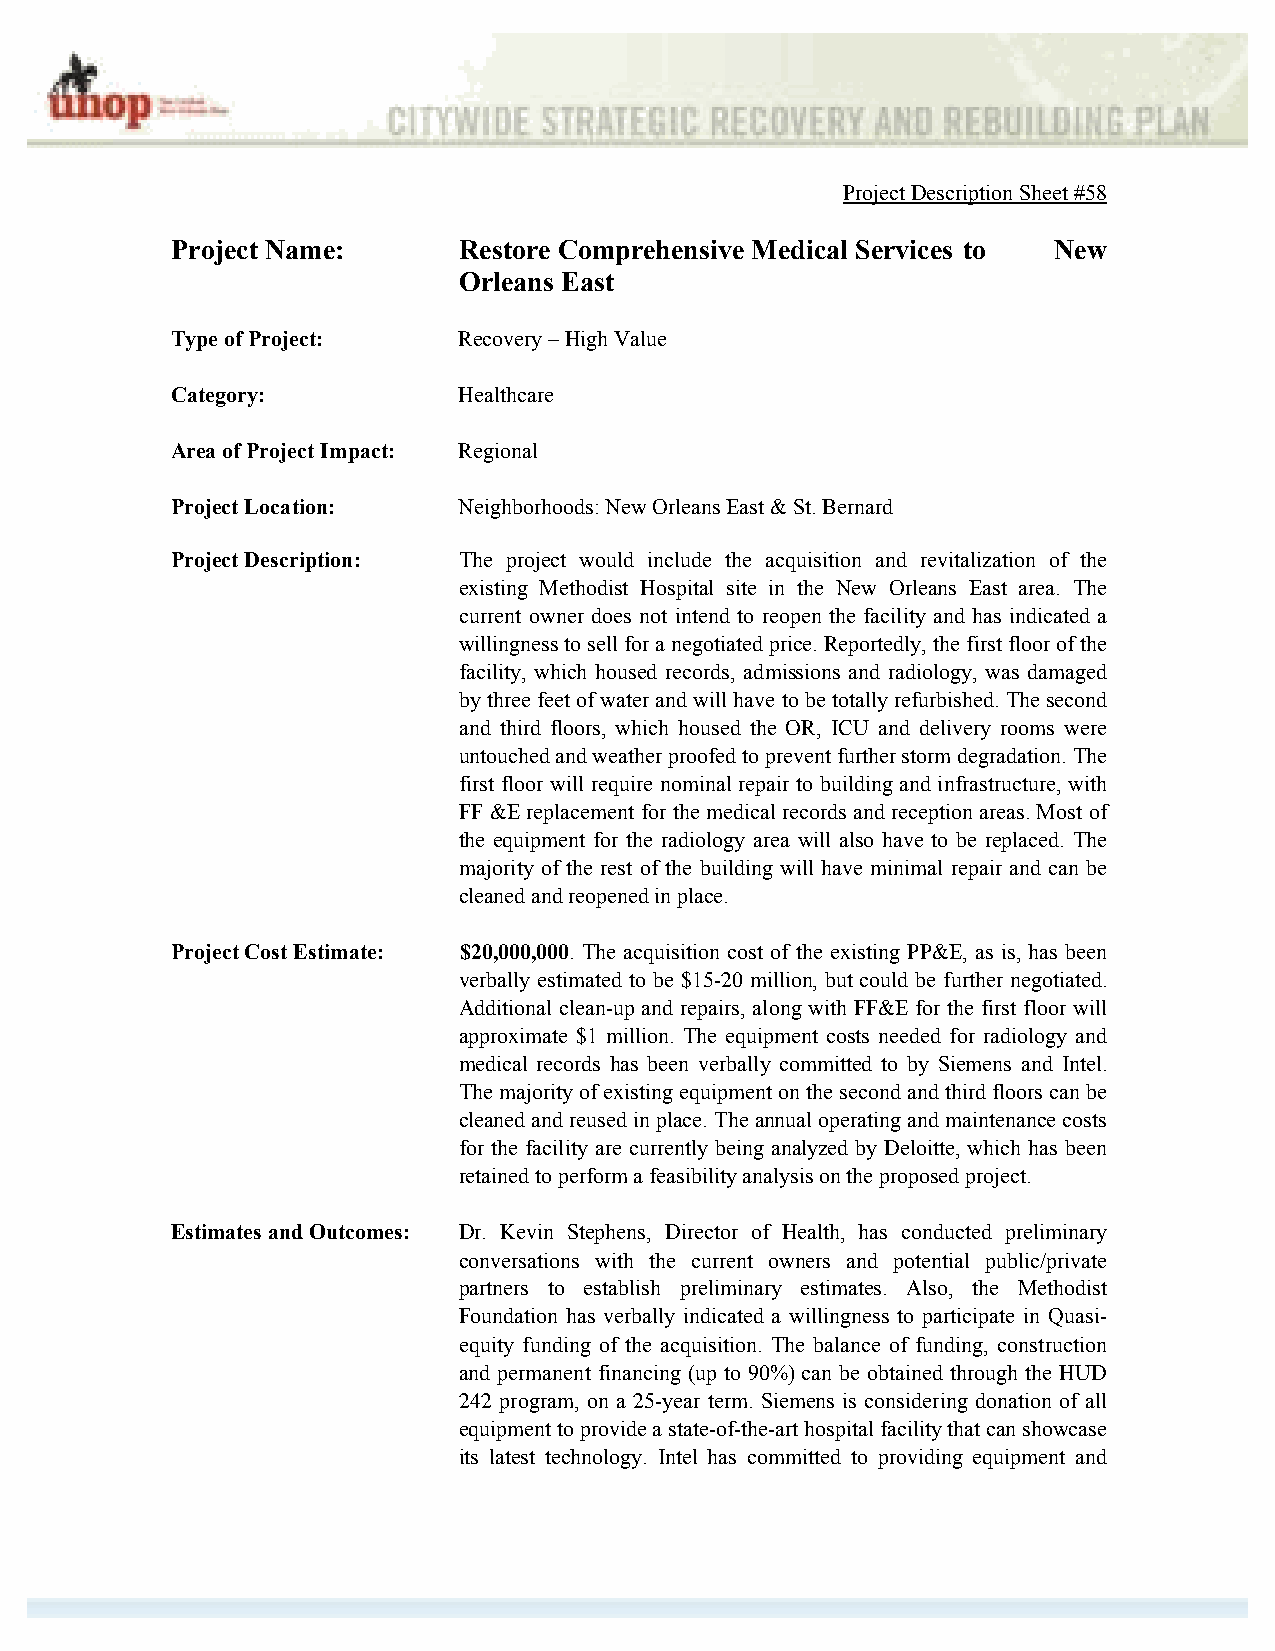
Project Description Sheet #58
 Project Name:      Restore Comprehensive Medical Services to New
 Orleans East
 Type of Project:   Recovery – High Value
 Category:          Healthcare
 Area of Project Impact: Regional
 Project Location:  Neighborhoods: New Orleans East & St. Bernard
 Project Description: The project would include the acquisition and revitalization of the
 existing Methodist Hospital site in the New Orleans East area. The
 current owner does not intend to reopen the facility and has indicated a
 willingness to sell for a negotiated price. Reportedly, the first floor of the
 facility, which housed records, admissions and radiology, was damaged
 by three feet of water and will have to be totally refurbished. The second
 and third floors, which housed the OR, ICU and delivery rooms were
 untouched and weather proofed to prevent further storm degradation. The
 first floor will require nominal repair to building and infrastructure, with
 FF &E replacement for the medical records and reception areas. Most of
 the equipment for the radiology area will also have to be replaced. The
 majority of the rest of the building will have minimal repair and can be
 cleaned and reopened in place.
 Project Cost Estimate: $20,000,000. The acquisition cost of the existing PP&E, as is, has been
 verbally estimated to be $15-20 million, but could be further negotiated.
 Additional clean-up and repairs, along with FF&E for the first floor will
 approximate $1 million. The equipment costs needed for radiology and
 medical records has been verbally committed to by Siemens and Intel.
 The majority of existing equipment on the second and third floors can be
 cleaned and reused in place. The annual operating and maintenance costs
 for the facility are currently being analyzed by Deloitte, which has been
 retained to perform a feasibility analysis on the proposed project.
 Estimates and Outcomes: Dr. Kevin Stephens, Director of Health, has conducted preliminary
 conversations with the current owners and potential public/private
 partners to establish preliminary estimates. Also, the Methodist
 Foundation has verbally indicated a willingness to participate in Quasi-
 equity funding of the acquisition. The balance of funding, construction
 and permanent financing (up to 90%) can be obtained through the HUD
 242 program, on a 25-year term. Siemens is considering donation of all
 equipment to provide a state-of-the-art hospital facility that can showcase
 its latest technology. Intel has committed to providing equipment and